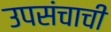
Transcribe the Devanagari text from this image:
उपसंचाची